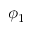
\phi _ { 1 }